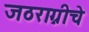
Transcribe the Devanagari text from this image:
जठराग्नीचे